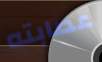
عصابته